Lock hospitals Punjab
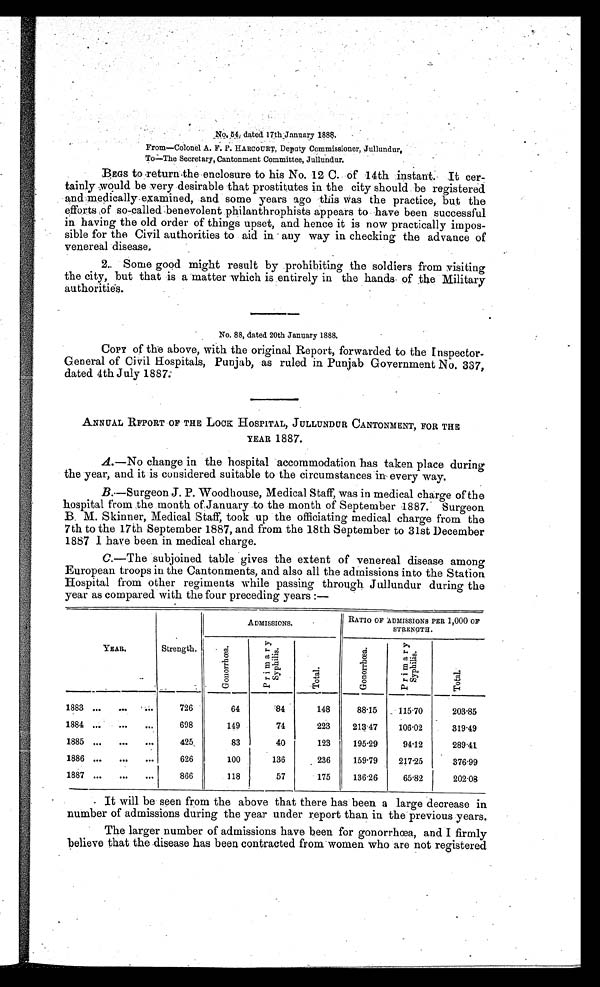
No. 54, dated 17th January 1888.
From—Colonel A. F. P. HARCOURT, Deputy Commissioner, Jullundur,
To—The Secretary, Cantonment Committee, Jullundur.
BEGS to return the enclosure to his No. 12 C. of 14th instant. It cer-
tainly would be very desirable that prostitutes in the city should be registered
and medically examined, and some years ago this was the practice, but the
efforts of so-called benevolent philanthrophists appears to have been successful
in having the old order of things upset, and hence it is now practically impos-
sible for the Civil authorities to aid in any way in checking the advance of
venereal disease.
2. Some good might result by prohibiting the soldiers from visiting
the city, but that is a matter which is entirely in the hands of the Military
authorities.
No. 88, dated 20th January 1888.
COPY of the above, with the original Report, forwarded to the Inspector-
General of Civil Hospitals, Punjab, as ruled in Punjab Government No. 337,
dated 4th July 1887.
ANNUAL REPORT OF THE LOCK HOSPITAL, JULLUNDUR CANTONMENT, FOR THE
YEAR 1887.
A.—No change in the hospital accommodation has taken place during
the year, and it is considered suitable to the circumstances in every way.
B.—Surgeon J. P. Woodhouse, Medical Staff, was in medical charge of the
hospital from the month of January to the month of September 1887. Surgeon
B. M. Skinner, Medical Staff, took up the officiating medical charge from the
7th to the 17th September 1887, and from the 18th September to 31st December
1887 I have been in medical charge.
C.—The subjoined table gives the extent of venereal disease among
European troops in the Cantonments, and also all the admissions into the Station
Hospital from other regiments while passing through Jullundur during the
year as compared with the four preceding years :—
YEAR.
ADMISSIONS.
RATIO OF ADMISSIONS PER 1,000 OF
STRENGTH.
Strength.
G o n o r r h œ a .
P r i m a r y
S y p h i l i s .
T o t a l .
G o n o r r h œ a .
P r i m a r y S p y h i l i s .
T o t a l .
1883 ...
...
. . .
726
64
84
148
8815
115.70 _203.85
1884 ...
...
...
698
149
74
223
213.47
106.02
319.49
1885 ...
...
...
425
83
40
123
195.29
94.12
289.41
1886 ...
...
626
100
136
236
159.79
217.25
376.99
1887 ...
...
. . .
866
118
57
175
136.26
65.82
202.08
• It will be seen from the above that there has been a large decrease in
number of admissions during the year under report than in the previous years.
T h e l a r g e r n u m b e r o f a d m i s s i o n s h a v e b e e n f o r g o n o r r h œ a , a n d I f i r m l y
believe that the disease has been contracted from women who are not registered